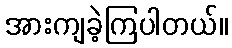
အားကျခဲ့ကြပါတယ်။